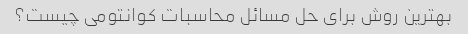
بهترین روش برای حل مسائل محاسبات کوانتومی چیست؟